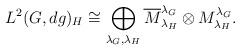
LaTeX: \begin{align*}L^2(G,dg)_H\cong \bigoplus_{\lambda_G,\lambda_H} \overline{M}^{\lambda_G}_{\lambda_H}\otimes M^{\lambda_G}_{\lambda_H}.\end{align*}